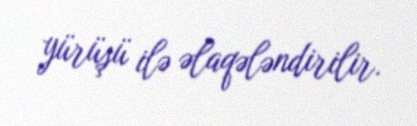
yürüşü ilə əlaqələndirilir.